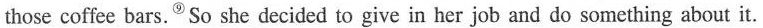
those coffee bars.^{⑨}So she decided to give in her job and do something about it.